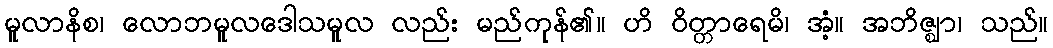
မူလာနိစ၊ လောဘမူလဒေါသမူလ လည်း မည်ကုန်၏။ ဟိ ဝိတ္တာရေမိ၊ အံ့။ အဘိဇ္ဈာ၊ သည်။